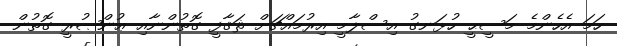
ހަމަ އެހެންމެ މަސީޙީ ހުޅަނގު އިސްލާމީ އިރުމައްޗަށް ޘަޤާފީ ގޮތުންނާއި ޢުންޞުރީ ގޮތުން